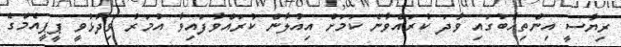
ރިޔާސީ އިންތިހާބުގައި ވާދަ ކުރައްވާނެ ކަމަށް އިއުލާން ކުރައްވާފައިވާ އުމަރު ވިދާޅުވީ ޕީޕީއެމްގެ